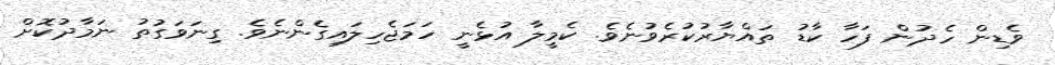
ވެޑިން ހެދުން ފަހާ ކާޑު ތައްޔާރުކުރެވުނެވެ. ކެމީލާ އުޅެނީ ހަމަޖެހިލައިގެންނެވެ. ގިނަވަގުތު ނަމާދުކޮށް